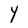
Character: Y